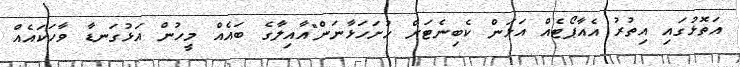
އަތޮޅުގައި އިތުރު އެއާޕޯޓެއް އަޅަން ކެބިނެޓަށް ހުށަހަޅާނަން"އާއިލާގެ ބައެއް މީހުން އަޅުގަނޑާ ވާހަކައެއް